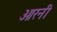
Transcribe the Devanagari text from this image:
ओरनी